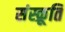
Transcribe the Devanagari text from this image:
संस्क्रूति